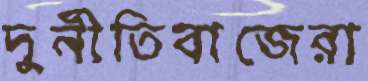
দুর্নীতিবাজেরা